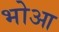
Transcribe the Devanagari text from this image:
भोआ